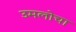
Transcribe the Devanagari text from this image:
उमलोचा